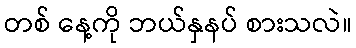
တစ် နေ့ကို ဘယ်နှနပ် စားသလဲ။